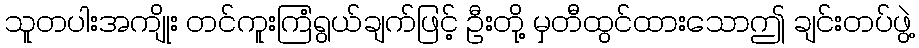
သူတပါးအကျိုး တင်ကူးကြံရွယ်ချက်ဖြင့် ဦးတို့ မှတီထွင်ထားသောဤ ချင်းတပ်ဖွဲ့